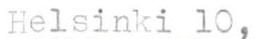
Helsinki 10,